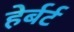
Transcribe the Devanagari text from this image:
हेर्बर्ट